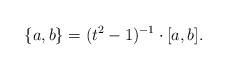
LaTeX: \begin{align*}\{a,b\}=(t^2-1)^{-1}\cdot [a,b].\end{align*}